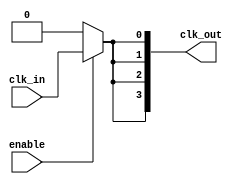
module clock_tree_buffer (
    input wire clk_in,               // Input clock signal
    input wire enable,               // Enable signal for power management
    output wire [N-1:0] clk_out      // Multi-output clock signals
);

parameter N = 4; // Number of output drivers
parameter BUFFER_STAGES = 3; // Number of buffer stages

// Internal wires for clock distribution
wire clk_buf[BUFFER_STAGES-1:0];

// Stage 1: Input Buffer
genvar i;
generate
    for (i = 0; i < BUFFER_STAGES; i = i + 1) begin : buffer_stages
        if (i == 0) begin
            assign clk_buf[i] = clk_in; // First stage takes the input clock
        end else begin
            // Buffer stage using a simple inverter or buffer gate
            assign clk_buf[i] = clk_buf[i-1]; // Connect previous stage output to current stage input
        end
    end
endgenerate

// Output Drivers
generate
    for (i = 0; i < N; i = i + 1) begin : output_drivers
        assign clk_out[i] = enable ? clk_buf[BUFFER_STAGES-1] : 1'b0; // Output clock with enable control
    end
endgenerate

endmodule